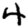
Digit: 4